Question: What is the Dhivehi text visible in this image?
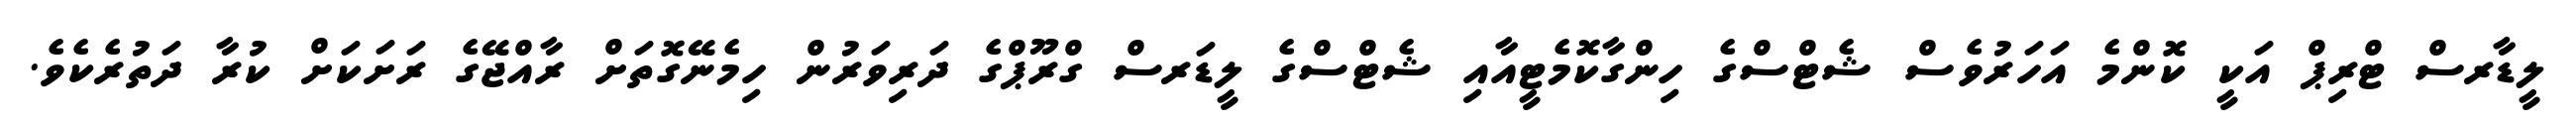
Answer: ލީޑާރސް ޓްރިޕް އަކީ ކޮންމެ އަހަރުވެސް ޝެޓްސްގެ ހިންގާކޮމެޓީއާއި ޝެޓްސްގެ ލީޑަރސް ގްރޫޕްގެ ދަރިވަރުން ހިމެނޭގޮތަށް ރާއްޖޭގެ ރަށަކަށް ކުރާ ދަތުރެކެވެ.